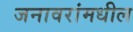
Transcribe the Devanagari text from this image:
जनावरांमधील